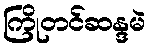
ကြိုတင်ဆန္ဒမဲ